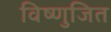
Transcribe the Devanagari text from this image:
विष्णुजित